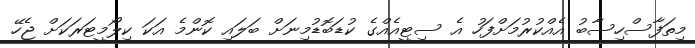
މިތަފާސްހިސާބު އެއްކުރުމަށްފަހު އެ ސިޓީއެއްގެ ކުޑަބޮޑުމިނަށް ބަލައި ކޮންމެ އަކަ ކިލޯމީޓަރަކަށް ޖެހޭ